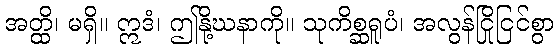
အတ္ထိ၊ မရှိ။ ဣဒံ၊ ဤနို့ဃနာကို။ သုကိစ္ဆရူပံ၊ အလွန်ငြိုငြင်စွာ